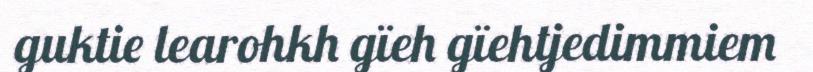
guktie learohkh gïeh gïehtjedimmiem